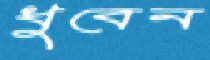
ধুবেন